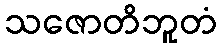
သဇောတိဘူတံ